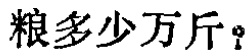
粮多少万斤？